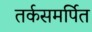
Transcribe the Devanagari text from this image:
तर्कसमर्पित